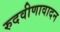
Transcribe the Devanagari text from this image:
रुदवीणावादन